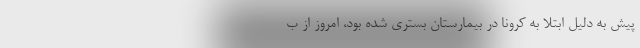
پیش به دلیل ابتلا به کرونا در بیمارستان بستری شده بود، امروز از ب